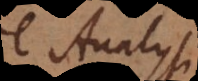
de Analysi